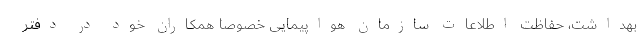
بهداشت، حفاظت اطلاعات سازمان هواپیمایی خصوصا همکاران خود در دفتر